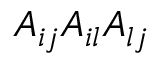
A _ { i j } A _ { i l } A _ { l j }